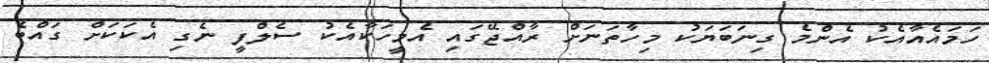
ހަމައެއާއެކު އެންމެ ގިނަބަޔަކު މިހާތަނަށް ރާއްޖޭގައި އެމީހަކާއެކު ސެލްފީ ނެގި އެކަކަށް ގައްބެ